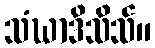
သံဃာဒိသိသ်။